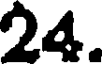
24.